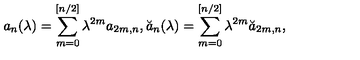
a _ { n } ( \lambda ) = \sum _ { m = 0 } ^ { [ n / 2 ] } \lambda ^ { 2 m } a _ { 2 m , n } , \breve { a } _ { n } ( \lambda ) = \sum _ { m = 0 } ^ { [ n / 2 ] } \lambda ^ { 2 m } \breve { a } _ { 2 m , n } ,